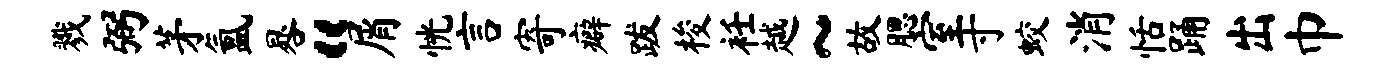
戮弼茅氲晷“屑恍言寄癖跋梭衽越~故腮室寸蛟消恬踊出巾